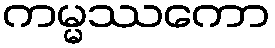
ကမ္မဿကော